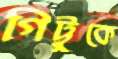
গিট্টুকে